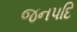
જનપદિ